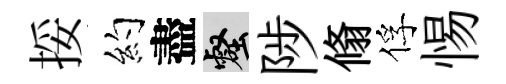
挼约盡壑陟翛俘惕